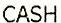
CASH